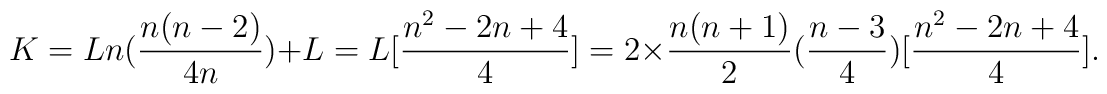
K=Ln(\frac{n(n-2)}{4n})+L=L[\frac{n^{2}-2n+4}{4}]=2\times \frac{n(n+1)}{2}(\frac{n-3}{4})[\frac{n^{2}-2n+4}{4}].